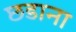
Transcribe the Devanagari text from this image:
छडाना